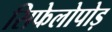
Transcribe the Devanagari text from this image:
सिफेलोपोड़